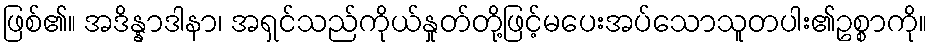
ဖြစ်၏။ အဒိန္နာဒါနာ၊ အရှင်သည်ကိုယ်နှုတ်တို့ဖြင့်မပေးအပ်သောသူတပါး၏ဥစ္စာကို။